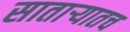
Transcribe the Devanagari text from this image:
सातार्‍यातच